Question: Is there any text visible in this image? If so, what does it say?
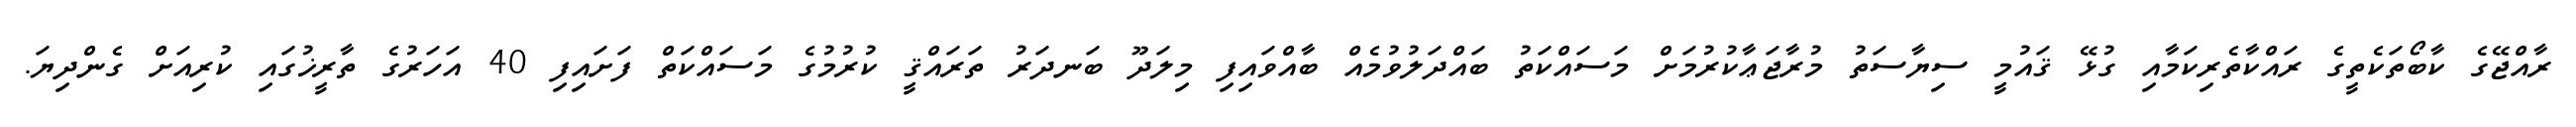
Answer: ރާއްޖޭގެ ކާބޯތަކެތީގެ ރައްކާތެރިކަމާއި ގުޅޭ ޤައުމީ ސިޔާސަތު މުރާޖަޢާކުރުމަށް މަސައްކަތު ބައްދަލުވުމެއް ބާއްވައިފި މިލަދޫ ބަނދަރު ތަރައްޤީ ކުރުމުގެ މަސައްކަތް ފަށައިފި 40 އަހަރުގެ ތާރީޚުގައި ކުރިއަށް ގެންދިޔަ.